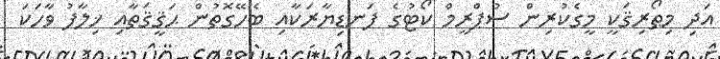
އަދި މިޠޯރިޤަކީ މީގެކުރިން ސުޕްރީމް ކޯޓުގެ ފަނޑިޔާރަކާއި ބެހޭގޮތުން ޙަޤީޤަތާއި ޚިލާފު ވާހަކަ